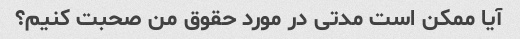
آیا ممکن است مدتی در مورد حقوق من صحبت کنیم؟